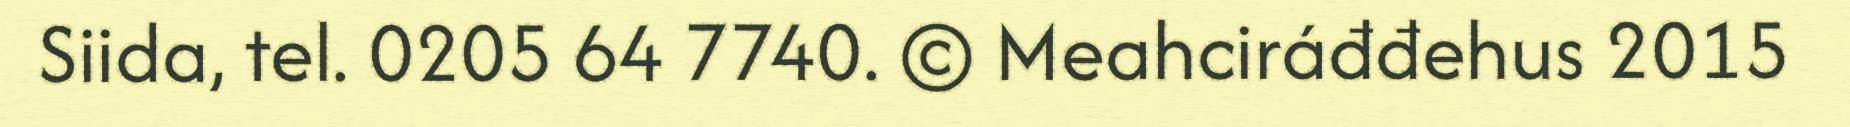
Siida, tel. 0205 64 7740. © Meahciráđđehus 2015